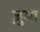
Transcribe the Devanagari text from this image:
ज़ुमा